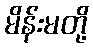
မိန်းမတို့